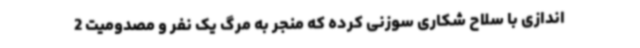
اندازی با سلاح شکاری سوزنی کرده که منجر به مرگ یک نفر و مصدومیت 2